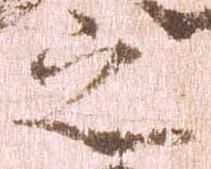
之